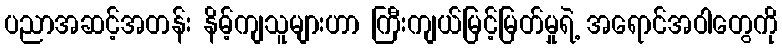
ပညာအဆင့်အတန်း နိမ့်ကျသူများဟာ ကြီးကျယ်မြင့်မြတ်မှုရဲ့ အရောင်အဝါတွေကို